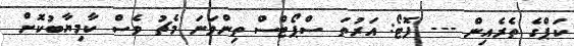
ކަޕްގެ ތެރެއިން --- ފޮޓޯ: އަރުތަ ސްޕޯޓްސް ތިންވަނަ މެޗު ވެސް ކާމިޔާބުކޮށް